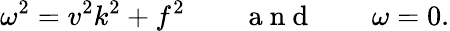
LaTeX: \omega^{2}=v^{2}k^{2}+f^{2}\qquad\mathrm{~a~n~d~}\qquad\omega=0.